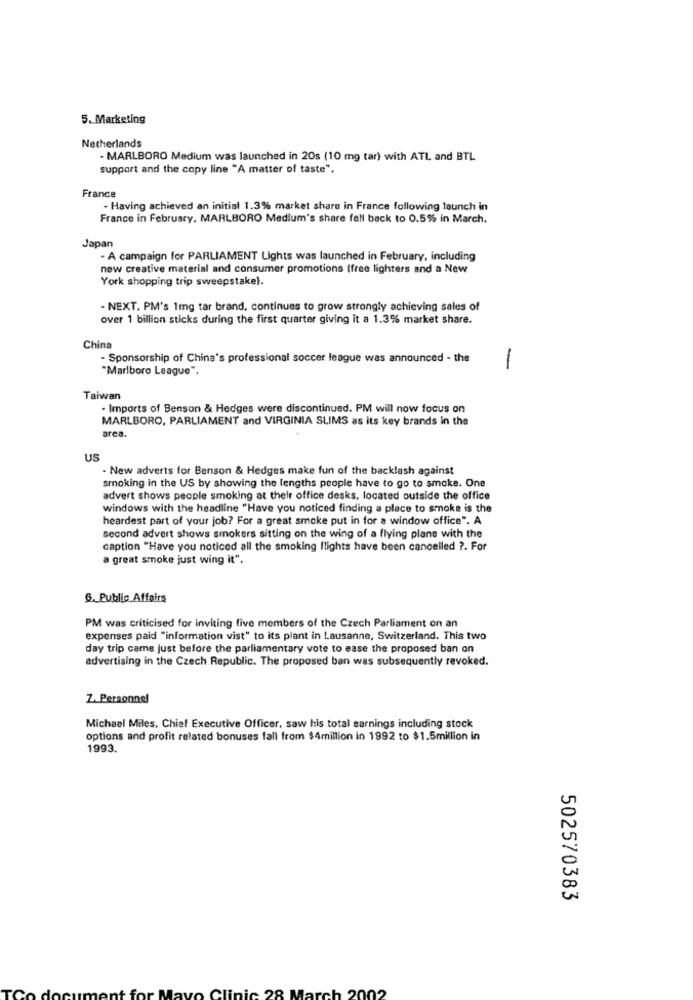
5. Marketing
Netherlands
- MARLBORO Medium was launched in 20s (10 mg tar) with ATL and BTL
support and the copy line "A matter of taste".
France
- Having achieved an initial 1.3% market share in France following launch in
France in February, MARLBORO Medium's share fall back to 0.5% in March.
Japan
- A campaign for PARLIAMENT Lights was launched in February, including
new creative material and consumer promotions (free lighters and a New
York shopping trip sweepstake).
- NEXT. PM's 1mg tar brand, continues to grow strongly achieving sales of
over 1 billion sticks during the first quarter giving it a 1.3% market share.
China
- Sponsorship of China's professional soccer league was announced - the
"Marlboro League".
-
Taiwan
- Imports of Benson & Hedges were discontinued. PM will now focus on
MARLBORO, PARLIAMENT and VIRGINIA SLIMS as its key brands in the
area.
US
- New adverts for Benson & Hedges make fun of the backlash against
smoking in the US by showing the lengths people have to go to smoke. One
advert shows people smoking at their office desks, located outside the office
windows with the headline "Have you noticed finding a place to smoke is the
heardest part of your job? For a great smoke put in for a window office". A
second advert shows smokers sitting on the wing of a flying plane with the
caption "Have you noticed all the smoking flights have been cancelled ?. For
a great smoke just wing it".
6. Public Affairs
PM was criticised for inviting live members of the Czech Parliament on an
expenses paid "information vist" to its plant in Lausanne, Switzerland. This two
day trip came just before the parliamentary vote to ease the proposed ban on
advertising in the Czech Republic. The proposed ban was subsequently revoked.
Z. Personnel
Michael Miles, Chief Executive Officer, saw his total earnings including stock
options and profit related bonuses fall from $4million in 1992 to $1.5million in
1993.
502570383
nic 28 March 2002
CI